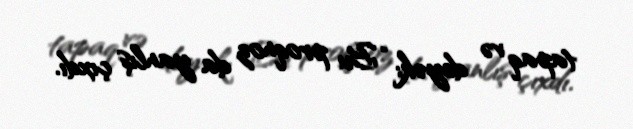
tapaq və deyək: “Bu proqnoz da yanlış çıxdı.